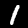
Label: 1